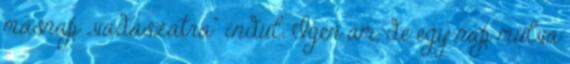
másnap „vadászatra” indul. Igen ám, de egy nap múlva